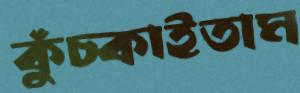
কুঁচ্‌কাইতাম